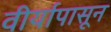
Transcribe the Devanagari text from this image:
वीर्यापासून